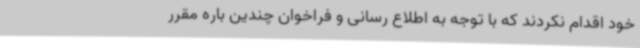
خود اقدام نکردند که با توجه به اطلاع رسانی و فراخوان چندین باره مقرر